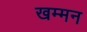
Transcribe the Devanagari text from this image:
खम्मन